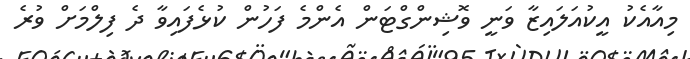
މިއާއެކު އީކުއަލައިޒާ ވަނީ ވޮޝިންގްޓަން އެންމެ ފަހުން ކުޅެފައިވާ ދެ ފިލްމަށް ވުރެ